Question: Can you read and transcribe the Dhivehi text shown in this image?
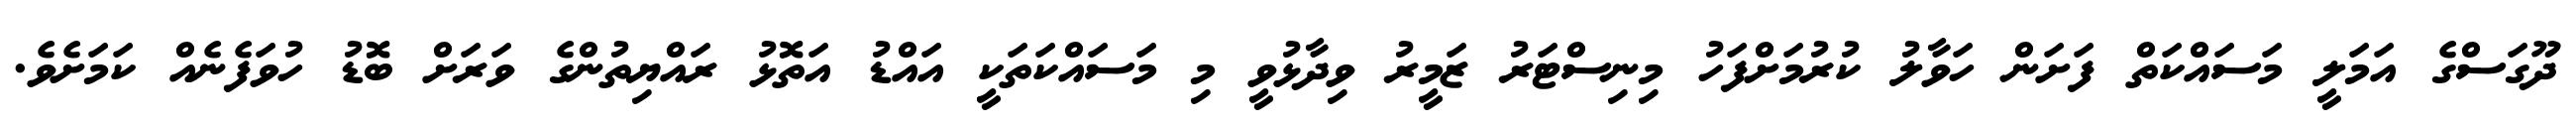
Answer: ދޫގަސްގެ އަމަލީ މަސައްކަތް ފަށަން ހަވާލު ކުރުމަށްފަހު މިނިސްޓަރު ޒަމީރު ވިދާޅުވީ މި މަސައްކަތަކީ އައްޑު އަތޮޅު ރައްޔިތުންގެ ވަރަށް ބޮޑު ހުވަފެނެއް ކަމަށެވެ.